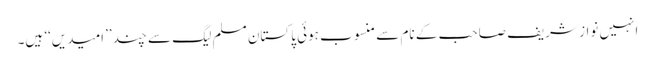
انہیں نواز شریف صاحب کے نام سے منسوب ہوئی پاکستان مسلم لیگ سے چند ’’امیدیں‘‘ ہیں۔